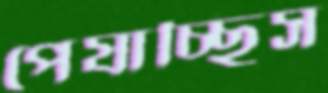
পেষাচ্ছিস